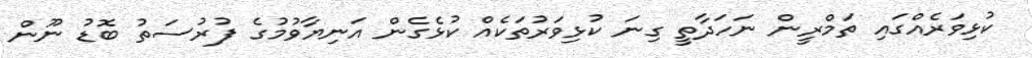
ކުޅިވަރެއްގައި ތަމްރީން ނަހަދާތީ ގިނަ ކުޅިވަރުތަކެއް ކުޅެގެން އަނިޔާވުމުގެ ފުރުސަތު ބޮޑު ނޫން